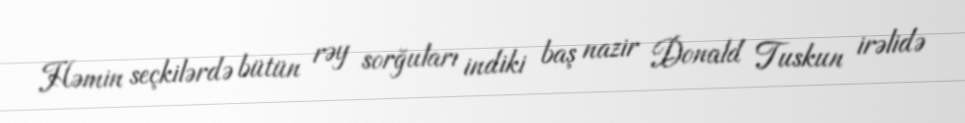
Həmin seçkilərdə bütün rəy sorğuları indiki baş nazir Donald Tuskun irəlidə